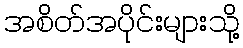
အစိတ်အပိုင်းများသို့